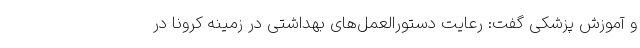
و آموزش پزشکی گفت: رعایت دستورالعمل‌های بهداشتی در زمینه کرونا در